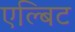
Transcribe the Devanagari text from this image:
एल्बिट